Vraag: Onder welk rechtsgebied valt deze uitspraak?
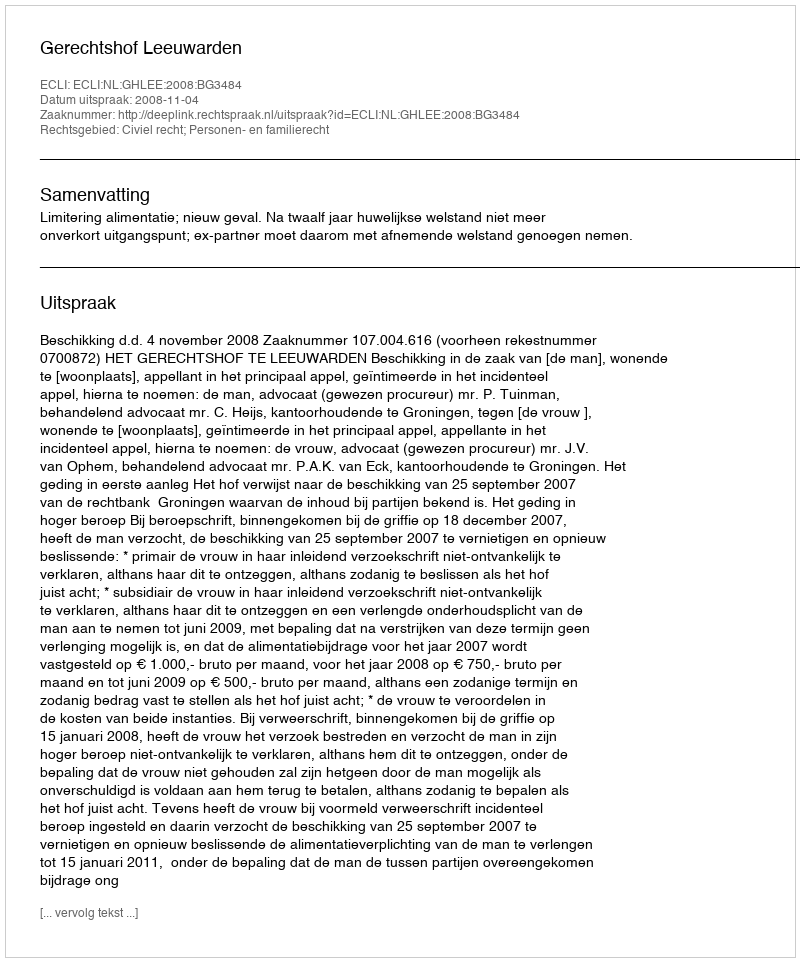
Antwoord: Civiel recht; Personen- en familierecht